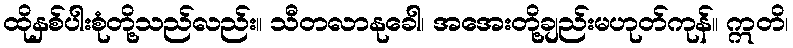
ထိုနှစ်ပါးစုံတို့သည်လည်း။ သီတလာနုခေါ၊ အအေးတို့ချည်းမဟုတ်ကုန်။ ဣတိ၊